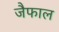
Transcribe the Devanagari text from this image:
जैफाल